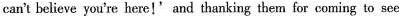
can't believe you're here!'and thanking them for coming to see